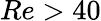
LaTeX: Re>40